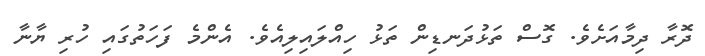
ދޮރާ ދިމާއަށެވެ. ގޮސް ތަޅުދަނޑިން ތަޅު ހިއްލައިލިއެވެ. އެންމެ ފަހަތުގައި ހުރި ޔާނާ